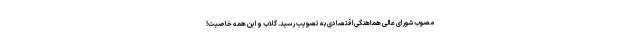
مصوب شورای عالی هماهنگی اقتصادی به تصویب رسید. گلاب و این همه خاصیت!